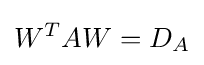
W^{T}AW=D_{A}